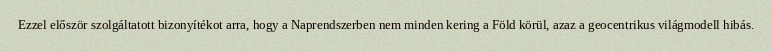
Ezzel először szolgáltatott bizonyítékot arra, hogy a Naprendszerben nem minden kering a Föld körül, azaz a geocentrikus világmodell hibás.